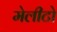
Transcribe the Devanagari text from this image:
मेलीटो